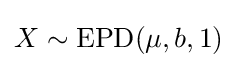
X\sim {\textrm {EPD}}(\mu ,b,1)